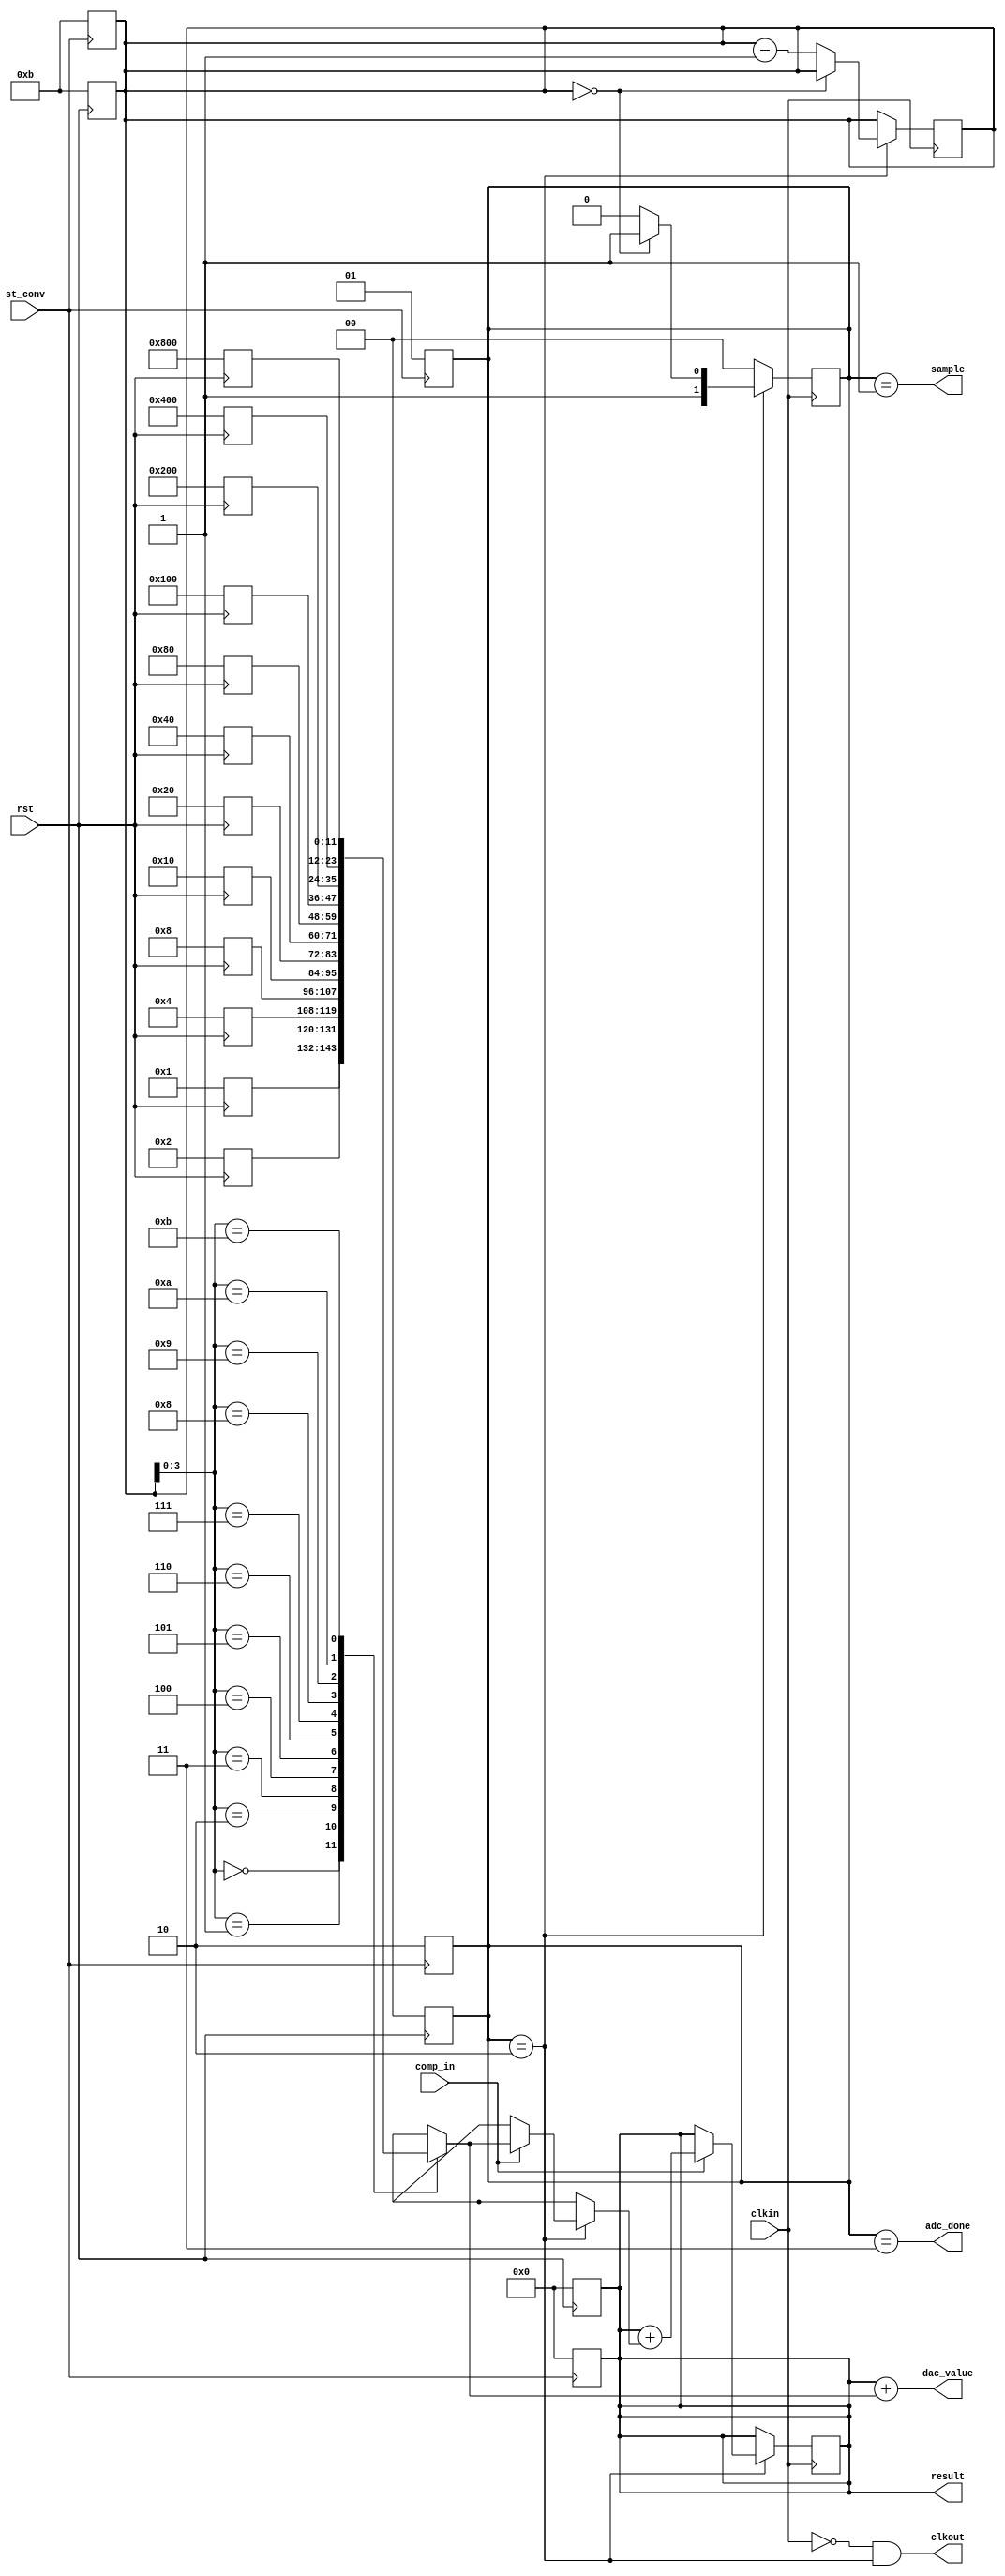
// Adapted from http://math-crunching.blogspot.com/2015/12/sar-logic-verilog-hdl-code.html
// YYK: converted into sort of asynchronous circuit
// implemented as a state machine

`timescale 100ns/1ns

module adc_fsm_12b_12s_v0( st_conv,
                        clkout,
                        clkin,
                        sample,
                        result,
                        dac_value,
                        comp_in,
                        adc_done,
                        rst);
   
   input  st_conv;         // st_conv has to move from hi to lo to start a conversion
   output clkout;          // clock output to comparator
   input  clkin;           // clock input from comparator
   output sample;          // to S&H switch. Active high
   output [11:0] result;   // final result
   output [11:0] dac_value;// value to feed DAC
   input comp_in;          // comparator output
   output adc_done;        // done=1 when conversion finishes
   input rst;              // for resetting the fsm
   
   // reg sample;             // to S&H switch. Active high
   // reg clkout;             // clock output to comparator
   wire clkout;
   // Internal variables and registers
   reg [1:0] state;        // current state in state machine
   reg [11:0] result;      // final ADC answer
   reg [13:0] pointer;     // one hot counter to index the steps
   reg [11:0] steps [11:0];// array to store step sizes. 12-bit wide steps with depth of 14 steps
   
   // state assignment
   parameter sWait=0, sSample=1, sConv=2, sDone=3;   
   parameter defaultpointer = 14'd11;
   
   // Initialize the step sizes based on T.Ogawa's 2010 paper
   always @ (posedge rst) begin
      steps[11]<= 12'd2048;
      steps[10]<= 12'd1024;
      steps[9] <= 12'd512;
      steps[8] <= 12'd256;
      steps[7] <= 12'd128;
      steps[6] <= 12'd64;
      steps[5] <= 12'd32;
      steps[4] <= 12'd16;
      steps[3] <= 12'd8;
      steps[2] <= 12'd4;
      steps[1] <= 12'd2;
      steps[0] <= 12'd1;
      
      state    <= sWait;
      result   <= 0;
      pointer  <= defaultpointer;
   end
   
   always @ (posedge st_conv) begin
      // If st_conv goes high, start the sampling switch
      state    <= sSample;
      pointer  <= defaultpointer;
      result   <= 0;
   end
   
   always @ (negedge st_conv) begin
      // If st_conv has a falling edge, start the conversion
      state    <= sConv;
   end
   
   // synchronous design
   always @(posedge clkin) begin
   case (state) // choose next state in state machine
      sConv:
         begin
            // clkout <= 0;
            if (comp_in) 
               result <= result + steps[pointer];
            
            // finished once LSB has been done
            if (pointer==0)  begin
               state    <= sDone;
               pointer  <= pointer;
            end
            else begin
               state    <= sConv;
               pointer  <= pointer - 1;
            end
         end
      sDone:   state     <= sWait;
      default: state   <= sWait;
   endcase
   end
   
   assign clkout = (!clkin & (state==sConv));
   assign sample = (state==sSample);  // drive sample and hold
   assign dac_value = result + steps[pointer]; // to drive DAC
   assign adc_done = state==sDone;  // indicate when finished

endmodule